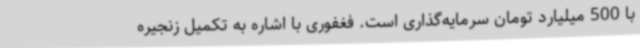
با 500 میلیارد تومان سرمایه‌گذاری است. فغفوری با اشاره به تکمیل زنجیره